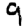
Digit: 9